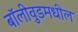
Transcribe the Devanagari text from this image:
बॉलीवुडमधील